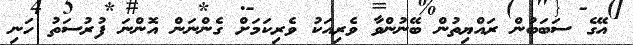
އޭގެ ސަބަބުން ރައްޔިތުން ބޭނުންވާ ވެރިއަކު ވެރިކަމަށް ގެންނަން އޮންނަ ފުރުސަތު ހަނި